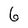
Character: 6